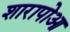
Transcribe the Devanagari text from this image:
शारापोआ